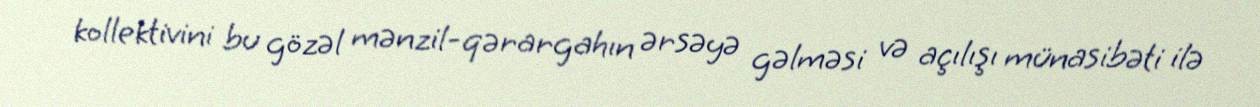
kollektivini bu gözəl mənzil-qərargahın ərsəyə gəlməsi və açılışı münasibəti ilə